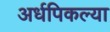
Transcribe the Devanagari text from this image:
अर्धपिकल्या